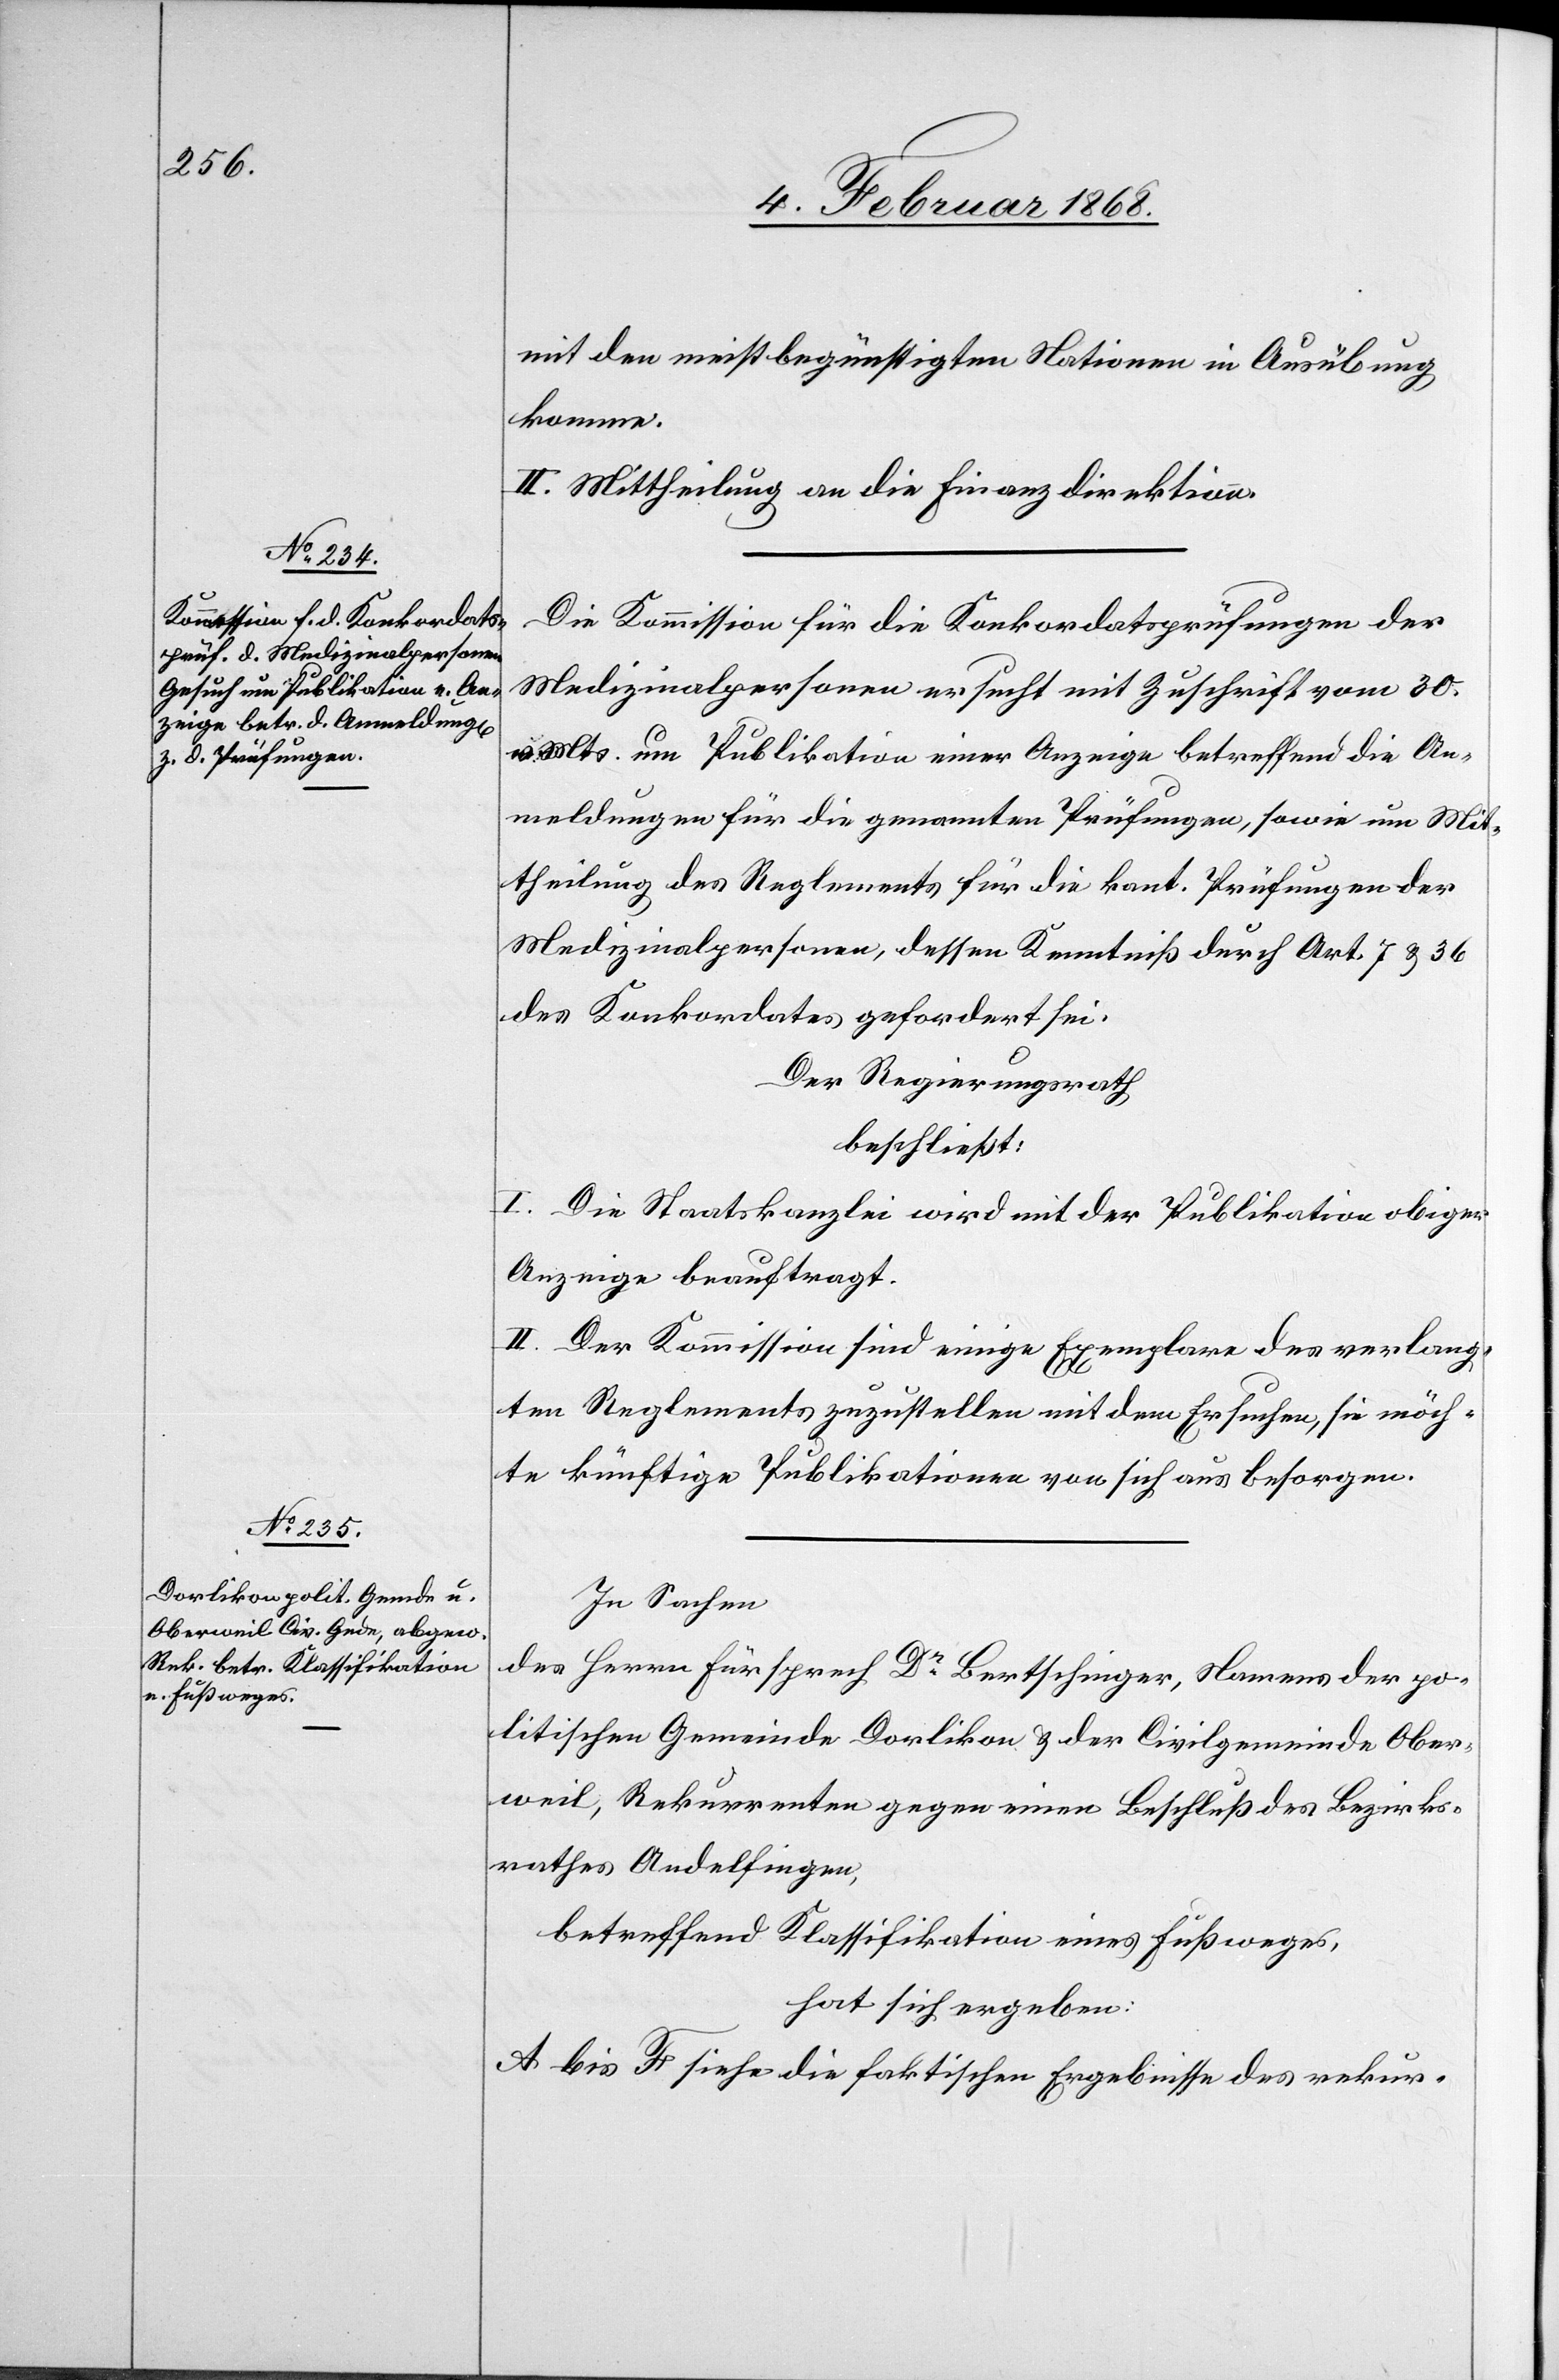
mit den meistbegünstigten Nationen in Ausübung
komme.
II. Mittheilung an die Finanzdirektion.
Die Kommission für die Konkordatsprüfungen der
Medizinalpersonen ersucht mit Zuschrift vom 30.
v. Mts. um Publikation einer Anzeige betreffend die An¬
meldungen für die genannten Prüfungen, sowie um Mit¬
theilung des Reglements für die kant. Prüfungen der
Medizinalpersonen, dessen Kenntniß durch Art. 7 & 36
des Konkordates gefordert sei.
Der Regierungsrath
beschließt:
I. Die Staatskanzlei wird mit der Publikation obiger
Anzeige beauftragt.
II. Der Kommission sind einige Exemplare des verlang¬
ten Reglements zuzustellen mit dem Ersuchen, sie möch¬
te künftige Publikationen von sich aus besorgen.
In Sachen
des Herrn Fürsprech Dr. Bertschinger, Namens der po¬
litischen Gemeinde Dorlikon & der Civilgemeinde Ober¬
weil, Rekurrenten gegen einen Beschluß des Bezirks¬
rathes Andelfingen,
betreffend Klassifikation eines Fußweges,
hat sich ergeben:
A bis F siehe die faktischen Ergebnisse des rekur-